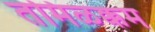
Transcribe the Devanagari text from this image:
तमिळक्कम